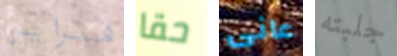
فبراير حقا عانى جلبته